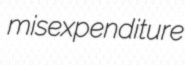
misexpenditure